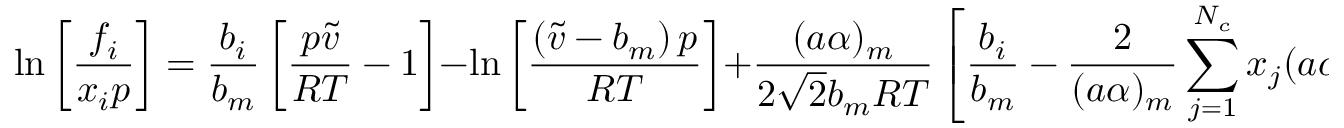
\ln { \left[ \frac { f _ { i } } { x _ { i } p } \right] } = \frac { b _ { i } } { b _ { m } } \left[ \frac { p \tilde { v } } { R T } - 1 \right] - \ln { \left[ \frac { \left( \tilde { v } - b _ { m } \right) p } { R T } \right] } + \frac { ( a \alpha ) _ { m } } { 2 \sqrt { 2 } b _ { m } R T } \left[ \frac { b _ { i } } { b _ { m } } - \frac { 2 } { ( a \alpha ) _ { m } } \sum _ { j = 1 } ^ { N _ { c } } x _ { j } ( a \alpha ) _ { i j } \right] \ln { \left[ \frac { \tilde { v } + \left( 1 + \sqrt { 2 } \right) b _ { m } } { \tilde { v } + \left( 1 - \sqrt { 2 } \right) b _ { m } } \right] }